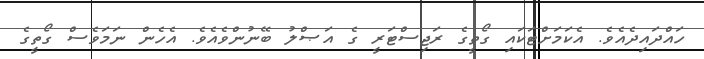
ހައްދައިދެއެވެ. އެކަމަށްޓަކައި ގޯތީގެ ރަޖިސްޓަރީ ގެ އަޞްލު ބޭނުންވެއެވެ. އެހެން ނަމަވެސް ގޯތީގެ